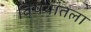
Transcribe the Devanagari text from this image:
विषयांतला